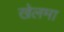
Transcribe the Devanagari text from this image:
खेलमा